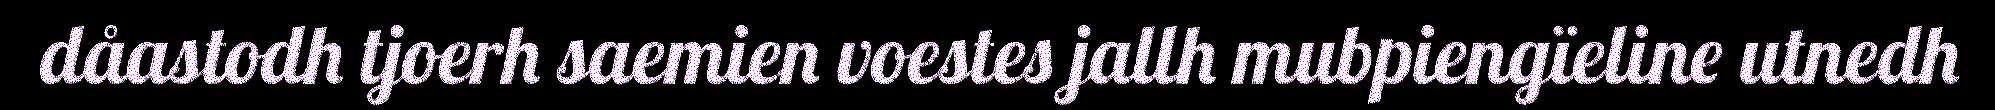
dåastodh tjoerh saemien voestes jallh mubpiengïeline utnedh